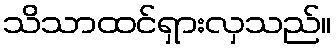
သိသာထင်ရှားလှသည်။